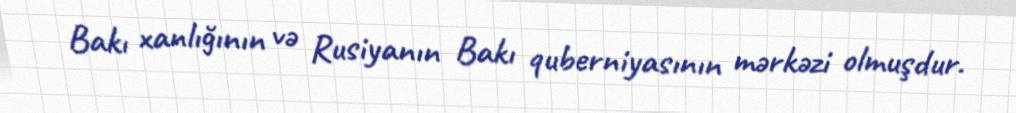
Bakı xanlığının və Rusiyanın Bakı quberniyasının mərkəzi olmuşdur.